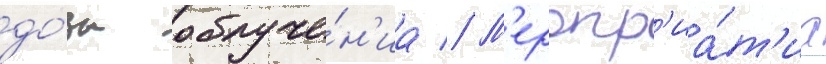
до́зы облуче́н'иа // М'еропр'иа́т'иа